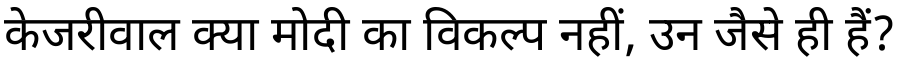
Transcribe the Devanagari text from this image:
केजरीवाल क्या मोदी का विकल्प नहीं, उन जैसे ही हैं?